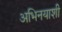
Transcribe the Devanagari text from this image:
अभिनयाशी